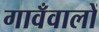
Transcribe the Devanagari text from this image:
गावँवालों